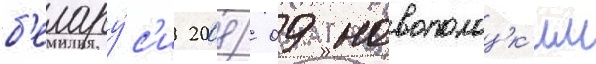
б'елару́с'и 2008/ 09 новополоцк'им